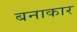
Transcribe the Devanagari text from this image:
बनाकार